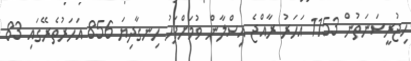
ހިޖުރީސަނަތުން 1153 އަހަރު ރާއްޖެ އިސްލާން ވުމަށްފަހު ހިނގާދިޔަ 856 އަހަރުތެރޭގައި 83